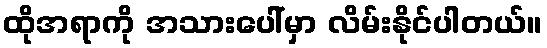
ထိုအရာကို အသားပေါ်မှာ လိမ်းနိုင်ပါတယ်။